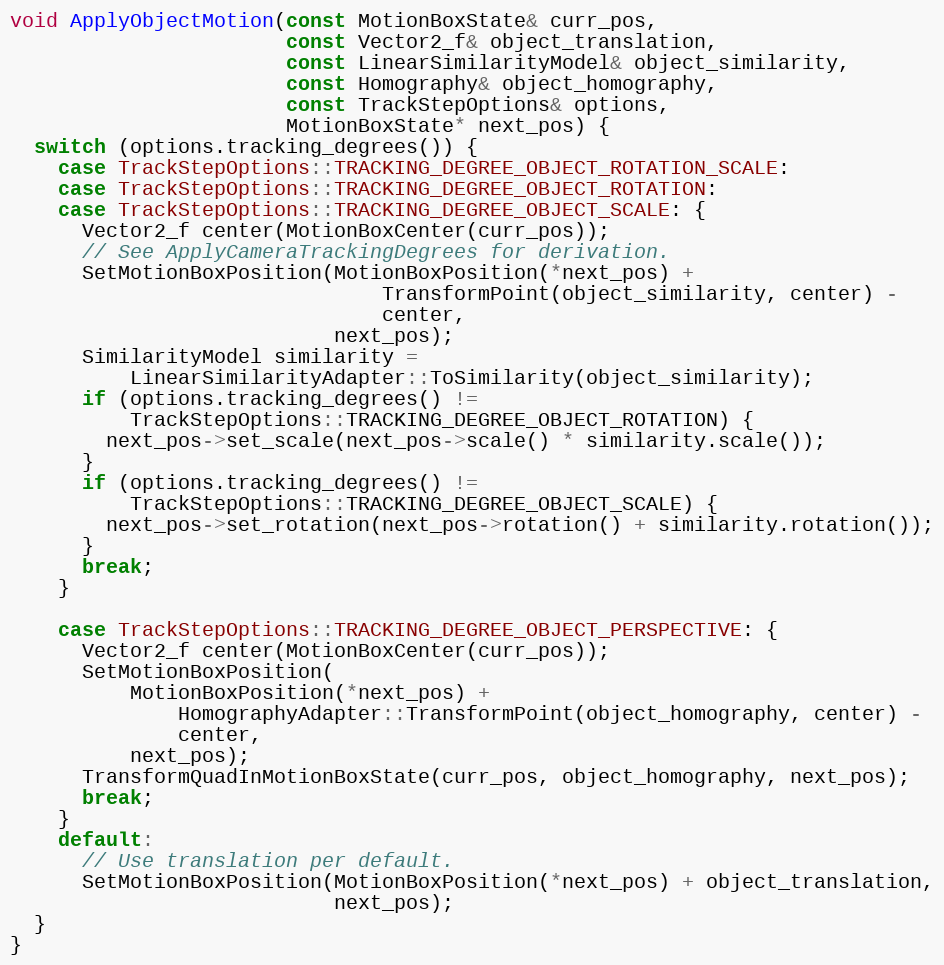
Language: C++
void ApplyObjectMotion(const MotionBoxState& curr_pos,
                       const Vector2_f& object_translation,
                       const LinearSimilarityModel& object_similarity,
                       const Homography& object_homography,
                       const TrackStepOptions& options,
                       MotionBoxState* next_pos) {
  switch (options.tracking_degrees()) {
    case TrackStepOptions::TRACKING_DEGREE_OBJECT_ROTATION_SCALE:
    case TrackStepOptions::TRACKING_DEGREE_OBJECT_ROTATION:
    case TrackStepOptions::TRACKING_DEGREE_OBJECT_SCALE: {
      Vector2_f center(MotionBoxCenter(curr_pos));
      // See ApplyCameraTrackingDegrees for derivation.
      SetMotionBoxPosition(MotionBoxPosition(*next_pos) +
                               TransformPoint(object_similarity, center) -
                               center,
                           next_pos);
      SimilarityModel similarity =
          LinearSimilarityAdapter::ToSimilarity(object_similarity);
      if (options.tracking_degrees() !=
          TrackStepOptions::TRACKING_DEGREE_OBJECT_ROTATION) {
        next_pos->set_scale(next_pos->scale() * similarity.scale());
      }
      if (options.tracking_degrees() !=
          TrackStepOptions::TRACKING_DEGREE_OBJECT_SCALE) {
        next_pos->set_rotation(next_pos->rotation() + similarity.rotation());
      }
      break;
    }

    case TrackStepOptions::TRACKING_DEGREE_OBJECT_PERSPECTIVE: {
      Vector2_f center(MotionBoxCenter(curr_pos));
      SetMotionBoxPosition(
          MotionBoxPosition(*next_pos) +
              HomographyAdapter::TransformPoint(object_homography, center) -
              center,
          next_pos);
      TransformQuadInMotionBoxState(curr_pos, object_homography, next_pos);
      break;
    }
    default:
      // Use translation per default.
      SetMotionBoxPosition(MotionBoxPosition(*next_pos) + object_translation,
                           next_pos);
  }
}